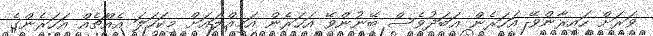
ވަރަށް ހައިރާންވޭ އަހަރެން އަބަދުވެސް ބޭނުންވޭ އަހަރެން އަމިއްލައަށް މިކަހަަލަ އެއްޗެއް އަހަރެންގެ